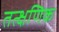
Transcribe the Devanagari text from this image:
तत्क्षणिक